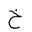
Letter: _kha